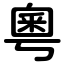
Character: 粵